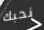
نحبك